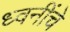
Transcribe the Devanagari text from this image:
ध्वनींचे